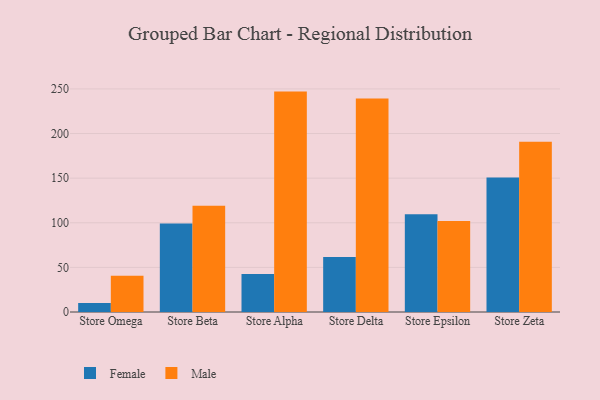
{"axis": {"x": "Store", "y": "Page Views"}, "legend": ["Female", "Male"], "data": [{"x": "Store Omega", "y": 10.1, "type": "Female"}, {"x": "Store Omega", "y": 40.5, "type": "Male"}, {"x": "Store Beta", "y": 99.1, "type": "Female"}, {"x": "Store Beta", "y": 119.1, "type": "Male"}, {"x": "Store Alpha", "y": 42.5, "type": "Female"}, {"x": "Store Alpha", "y": 247.0, "type": "Male"}, {"x": "Store Delta", "y": 61.7, "type": "Female"}, {"x": "Store Delta", "y": 239.4, "type": "Male"}, {"x": "Store Epsilon", "y": 109.5, "type": "Female"}, {"x": "Store Epsilon", "y": 102.0, "type": "Male"}, {"x": "Store Zeta", "y": 150.8, "type": "Female"}, {"x": "Store Zeta", "y": 190.8, "type": "Male"}]}